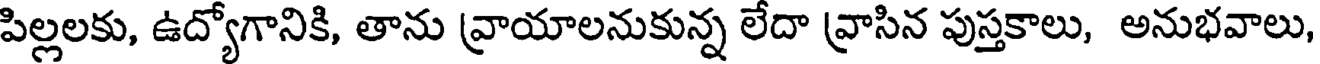
పిల్లలకు, ఉద్యోగానికి, తాను వ్రాయాలనుకున్న లేదా వ్రాసిన పుస్తకాలు, అనుభవాలు,